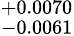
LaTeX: ^{+0.0070}_{-0.0061}